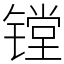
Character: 镗